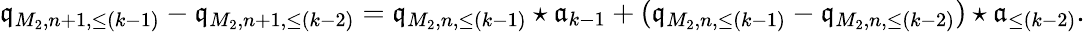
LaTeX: \begin{array}{r}{\mathfrak{q}_{M_{2},n+1,\le(k-1)}-\mathfrak{q}_{M_{2},n+1,\le(k-2)}=\mathfrak{q}_{M_{2},n,\le(k-1)}\star\mathfrak{a}_{k-1}+(\mathfrak{q}_{M_{2},n,\le(k-1)}-\mathfrak{q}_{M_{2},n,\le(k-2)})\star\mathfrak{a}_{\le(k-2)}.}\end{array}